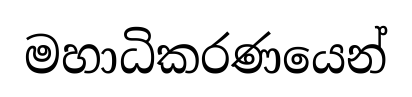
මහාධිකරණයෙන්